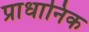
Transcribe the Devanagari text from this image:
प्राधानिक